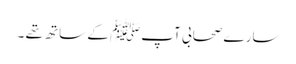
سارے صحابی آپﷺ کے ساتھ تھے ۔